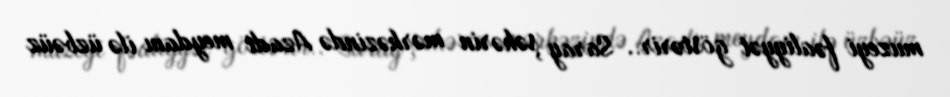
muzeyi fəaliyyət göstərir.. Saray şəhərin mərkəzində Azadi meydanı ilə üzbəüz